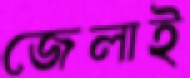
জেলাই